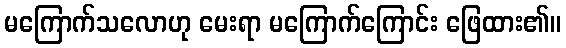
မကြောက်သလောဟု မေးရာ မကြောက်ကြောင်း ဖြေထား၏။